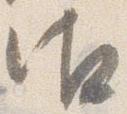
御